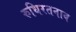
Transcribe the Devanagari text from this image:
रुधिरतनाव